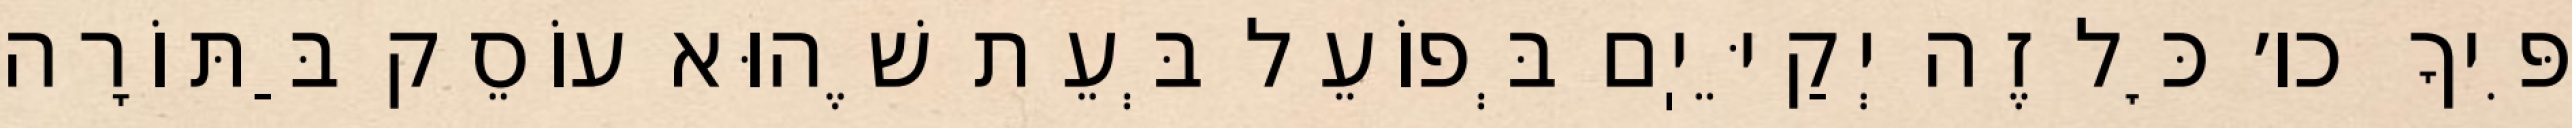
פִּיךָ כו׳ כׇּל זֶה יְקַיֵּיֽם בְּפוֹעֵל בְּעֵת שֶׁהוּא עוֹסֵק בַּתּוֹרָה